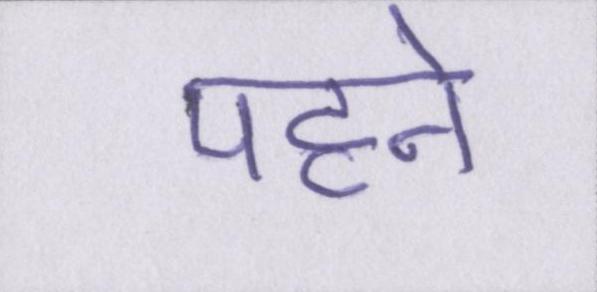
पहने